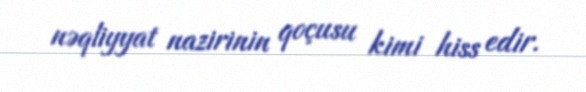
nəqliyyat nazirinin qoçusu kimi hiss edir.